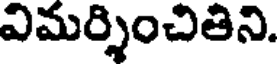
విమర్శించితిని.